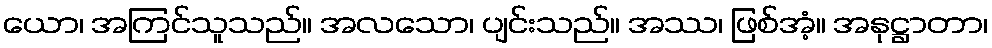
ယော၊ အကြင်သူသည်။ အလသော၊ ပျင်းသည်။ အဿ၊ ဖြစ်အံ့။ အနုဋ္ဌာတာ၊